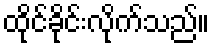
ထိုင်ခိုင်းလိုက်သည်။